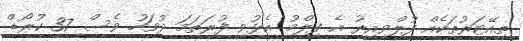
ތިއޭޓަރުތަކެއް ފުލްވިއިރު އެ ފިލްމު އެޅުވި ފުރަތަމަ ދުވަހު ވެސް 37 ކުރޯޑް